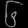
Digit: ၆